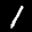
Label: 1